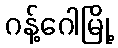
ဂန့်ဂေါမြို့